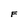
Character: F